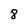
Character: 8